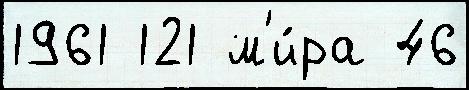
1961 121 м'и́ра 46